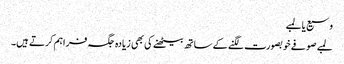
وسیع یا لمبے
لمبے صوفے خوبصورت لگنے کے ساتھ بیٹھنے کی بھی زیادہ جگہ فراہم کرتے ہیں۔